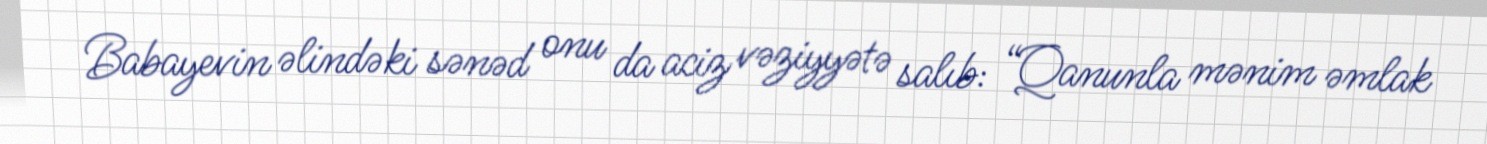
Babayevin əlindəki sənəd onu da aciz vəziyyətə salıb: “Qanunla mənim əmlak